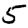
Digit: 5